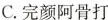
C.完颜阿骨打